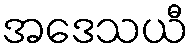
အဒေသယီ